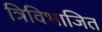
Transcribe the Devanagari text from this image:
त्रिविभाजित